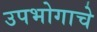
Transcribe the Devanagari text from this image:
उपभोगाचे